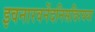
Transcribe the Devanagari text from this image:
इवनारवनेंदनिसदिरयया